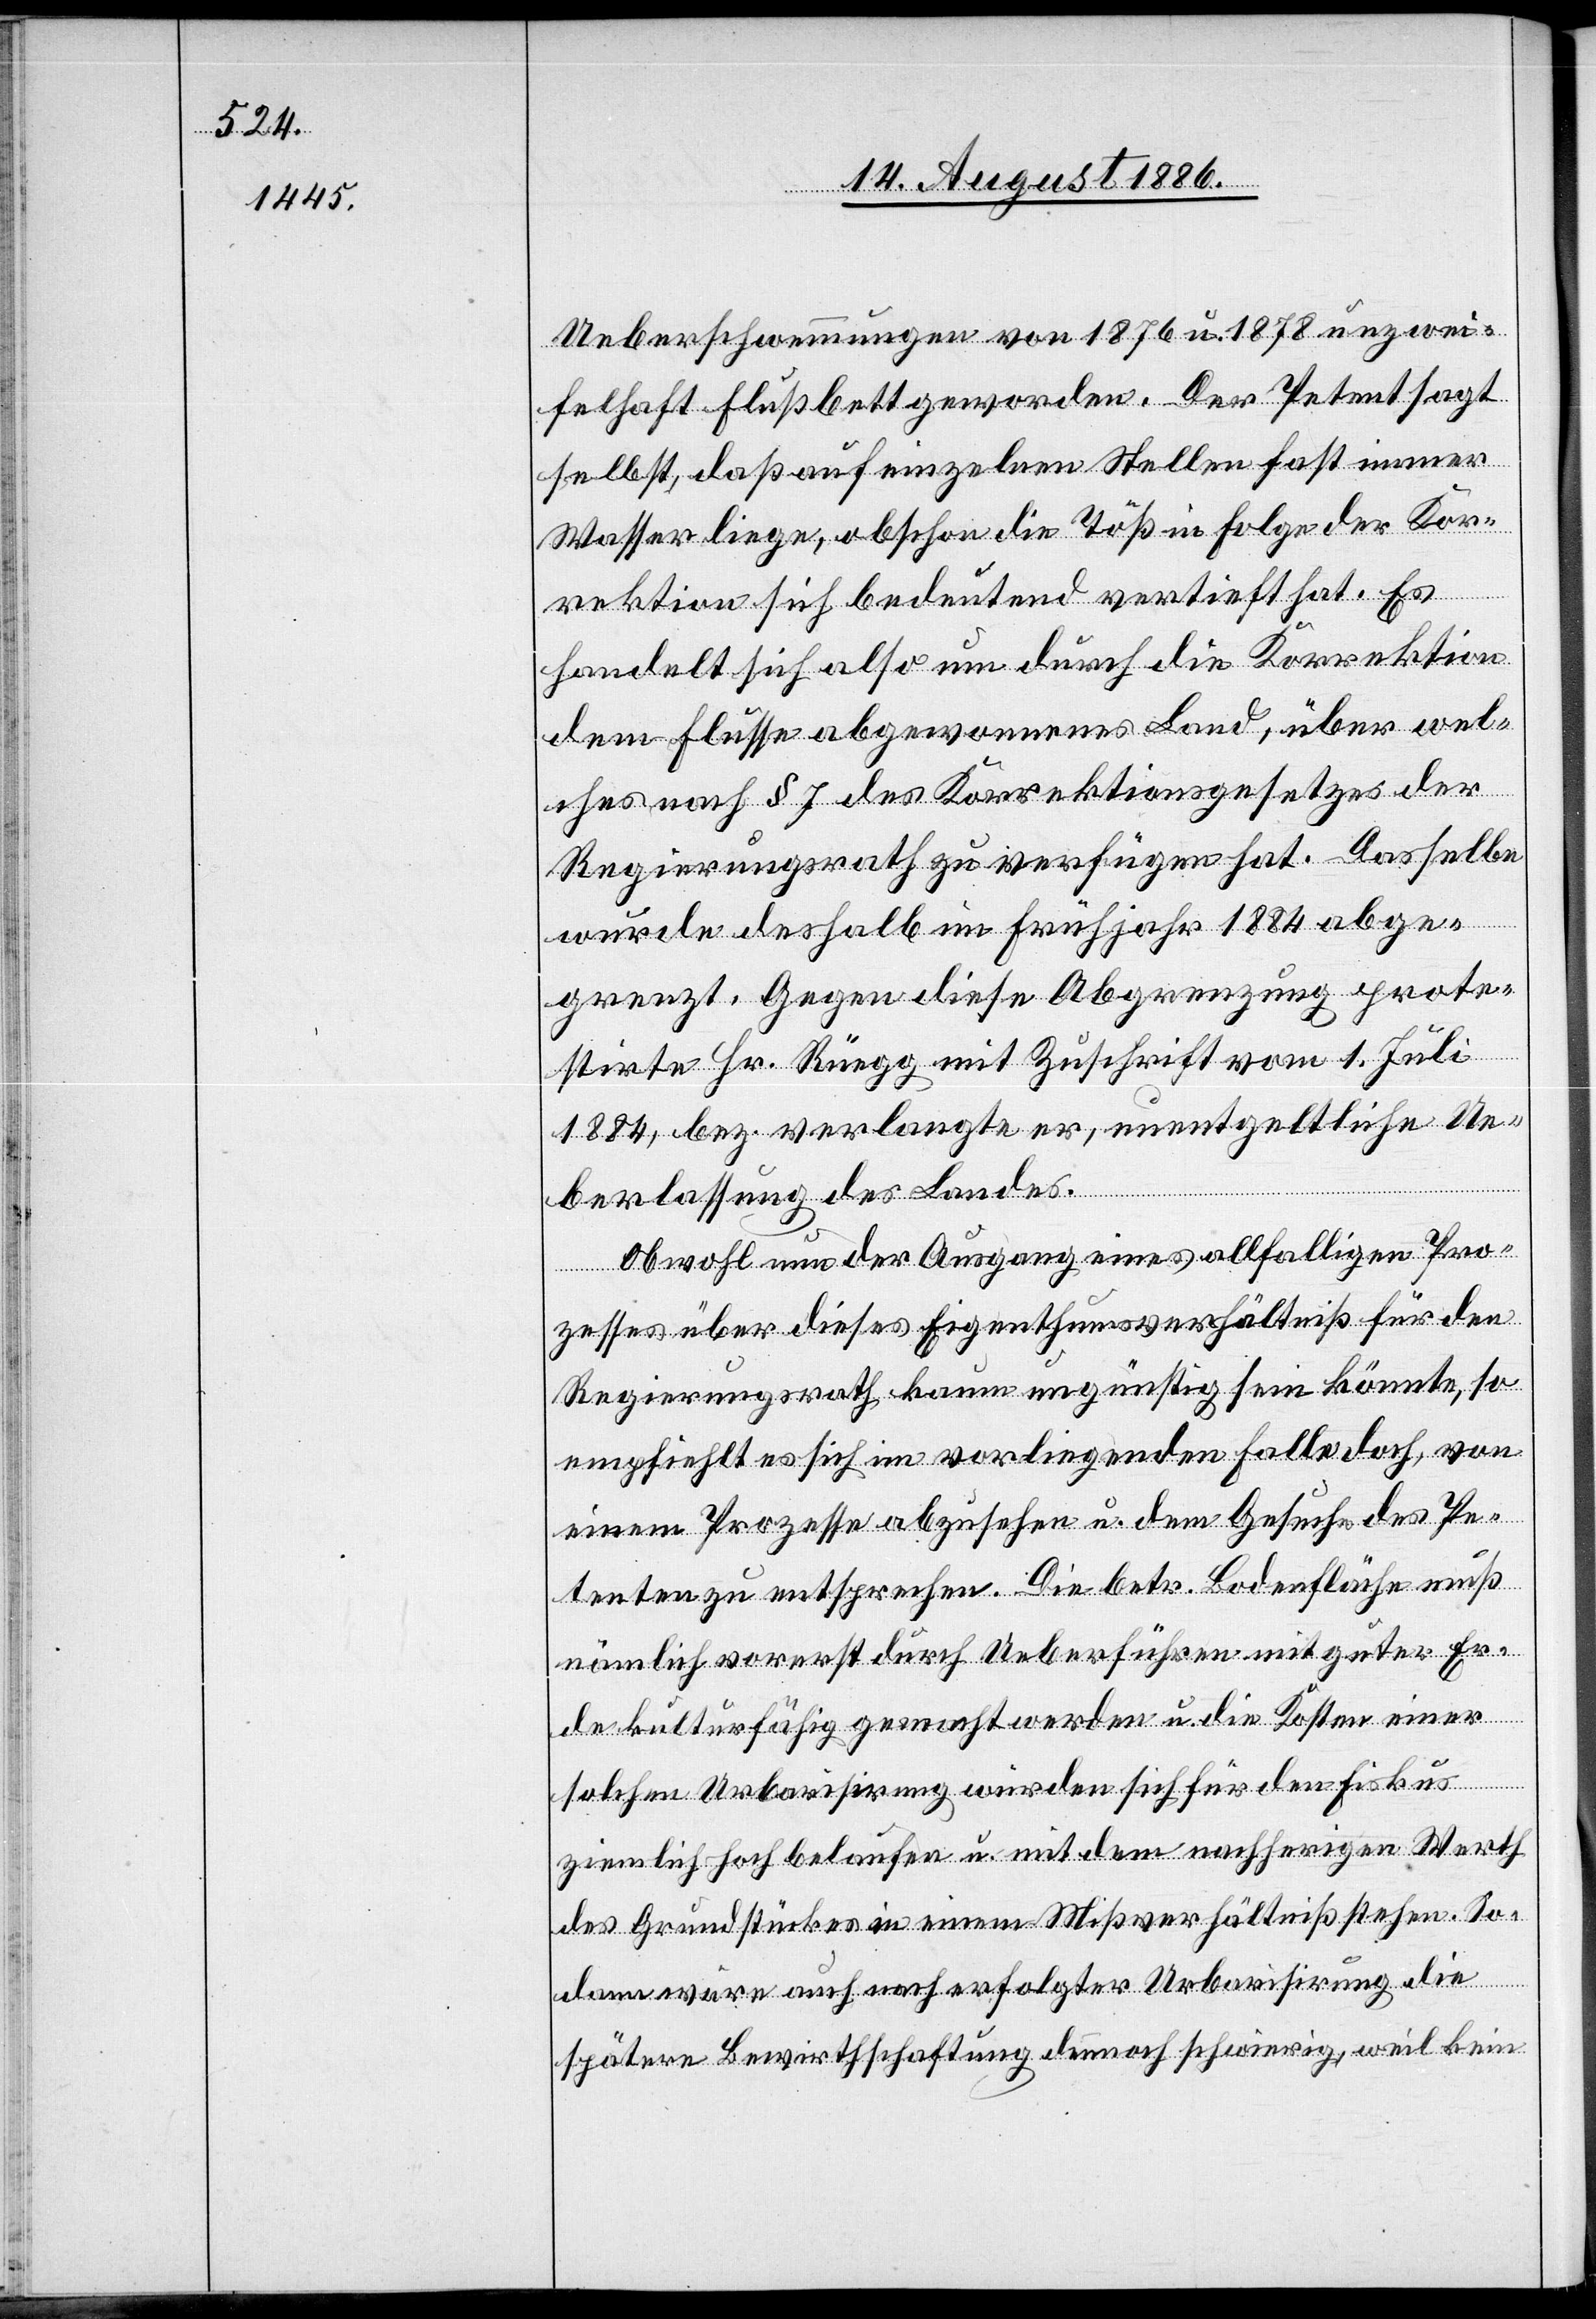
Ueberschwemmungen von 1876 u. 1878 unzwei¬
felhaft Flußbett geworden. Der Petent sagt
selbst, daß auf einzelnen Stellen fast immer
Wasser liege, obschon die Töß in Folge der Kor¬
rektion sich bedeutend vertieft hat. Es
handelt sich also um durch die Korrektion
dem Flusse abgewonnenes Land, über wel¬
ches nach § 7 des Korrektionsgesetzes der
Regierungsrath zu verfügen hat. Dasselbe
wurde deshalb im Frühjahr 1884 abge¬
grenzt. Gegen diese Abgrenzung prote¬
stirte Hr. Rüegg mit Zuschrift vom 1. Juli
1884, bez. verlangte er, unentgeltliche Ue¬
c!]
berlassung des Landes.
Obwohl nun der Ausgang eines allfalligen [si¬
zesses über dieses Eigenthumsverhältniß für den
Regierungsrath kaum ungünstig sein könnte, so
empfiehlt es sich im vorliegenden Falle doch, von
einem Prozesse abzusehen u. dem Gesuche des Pe¬
tenten zu entsprechen. Die betr. Bodenfläche muß
nämlich vorerst durch Ueberführen mit guter Er¬
de kulturfähig gemacht werden u. die Kosten einer
solchen Urbarisirung würden sich für den Fiskus
ziemlich hoch belaufen u. mit dem nachherigen Werth
des Grundstückes in einem Mißverhältniß stehen. So¬
Pro¬
dann wäre auch nach erfolgter Urbarisirung die
spätere Bewirthschaftung dennoch schwierig, weil kein